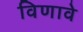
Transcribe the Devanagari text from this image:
विणावे